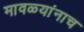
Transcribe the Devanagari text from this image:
मावळ्यांनाच